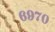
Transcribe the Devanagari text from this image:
६९७०